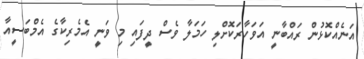
އަނެއްކޮޅުން ރައްބާނީ އަވަހާރަކޮށްލި ހަމަލާ ވެސް ދީފައި މި ވަނީ އެމެރިކާގެ އެމްބަސީއާ